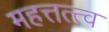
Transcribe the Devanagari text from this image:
महत्तत्त्व